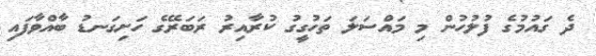
ދެ ގައުމުގެ ފުުލުހުން މި މައްސަލަ ތަހުގީގު ކުރާއިރު ރަބަރޭގެ ހަށިގަނޑު ބާއްވާފައި